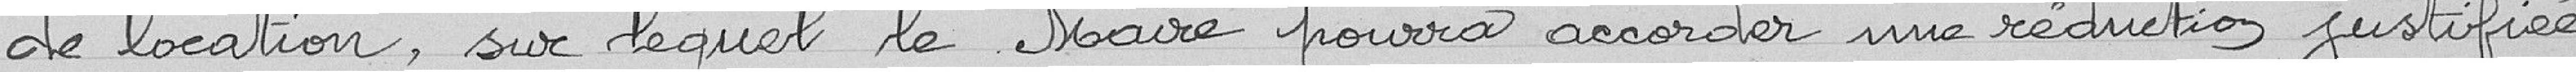
de location, sur lequel le Maire pourra accorder une réduction justifiée